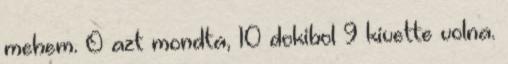
mehem. O azt mondta, 10 dokibol 9 kivette volna.